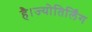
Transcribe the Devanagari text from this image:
है।ज्योतिर्लिंग